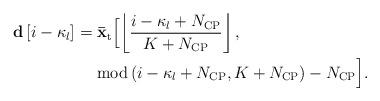
LaTeX: \begin{align*} \begin{aligned} {\bf{d}}\left[ {i - {\kappa _l} } \right]& = {{{\bf{\bar x}}}_{\rm{t}}}\Big[ {\left\lfloor {\frac{{i - {\kappa _l} + {N_{\rm{CP}}}}}{{K + {N_{\rm{CP}}}}}} \right\rfloor ,} \Big.\\ &\ \ \ \ \Big. {{\rm{mod}}\left( {i -{\kappa _l} + {N_{\rm{CP}}},K + {N_{\rm{CP}}}} \right) - {N_{\rm{CP}}}} \Big]. \end{aligned} \end{align*}